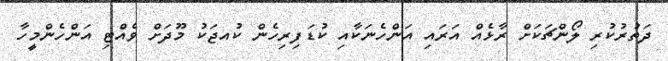
ދަތުރުކުރި ލޯންޗަކަށް ރާޅެއް އަރައި އަންހެނަކާއި ކުޑަފިރިހެން ކުއޖަކު މޫދަށް ވެއްޓި އަންހެންމީހާ